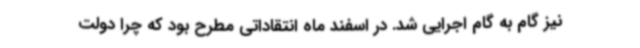
نیز گام به گام اجرایی شد. در اسفند ماه انتقاداتی مطرح بود که چرا دولت